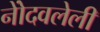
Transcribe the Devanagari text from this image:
नोेंदवलेली